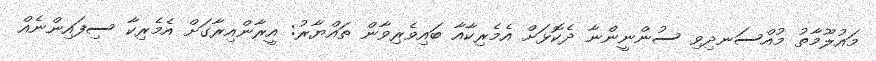
މައުލޫމާތު މުއްސަނދިވި ސުންނީންނާ ދެކޮޅަށް އެމެރިކާއާ ބައިވެރިވާން ތައްޔާރު: އީރާންއިރާގަށް އެމެރިކާ ސިފައިންނެއް